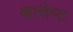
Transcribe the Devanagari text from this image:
कासेप्ट